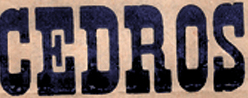
CEDROS